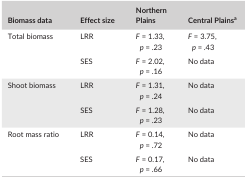
| Biomass data | Effect size | Northern Plains | Central Plainsa |
 | --- | --- | --- | --- |
 | <ROWSPAN=2> Total biomass | LRR | F = 1.33, p = .23 | F = 3.75, p = .43 |
 | SES | F = 2.02, p = .16 | No data |
 | <ROWSPAN=2> Shoot biomass | LRR | F = 1.31, p = .24 | No data |
 | SES | F = 1.28, p = .23 | No data |
 | <ROWSPAN=2> Root mass ratio | LRR | F = 0.14, p = .72 | No data |
 | SES | F = 0.17, p = .66 | No data |